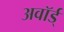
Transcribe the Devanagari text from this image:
अवॉर्ड्